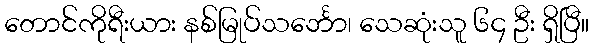
တောင်ကိုရီးယား နစ်မြုပ်သင်္ဘော၊ သေဆုံးသူ ၆၄ ဦး ရှိပြီ။